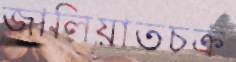
জালিয়াতচক্র